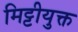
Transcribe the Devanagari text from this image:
मिट्टीयुक्त